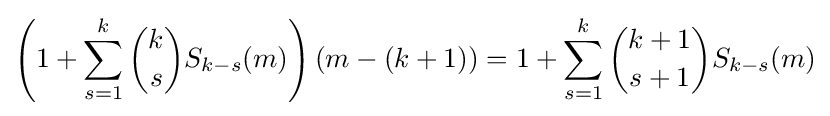
\left(1+\sum _{s=1}^{k}{\binom {k}{s}}S_{k-s}(m)\right)(m-(k+1))=1+\sum _{s=1}^{k}{\binom {k+1}{s+1}}S_{k-s}(m)